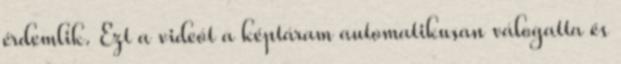
érdemlik. Ezt a videót a képtáram automatikusan válogatta és